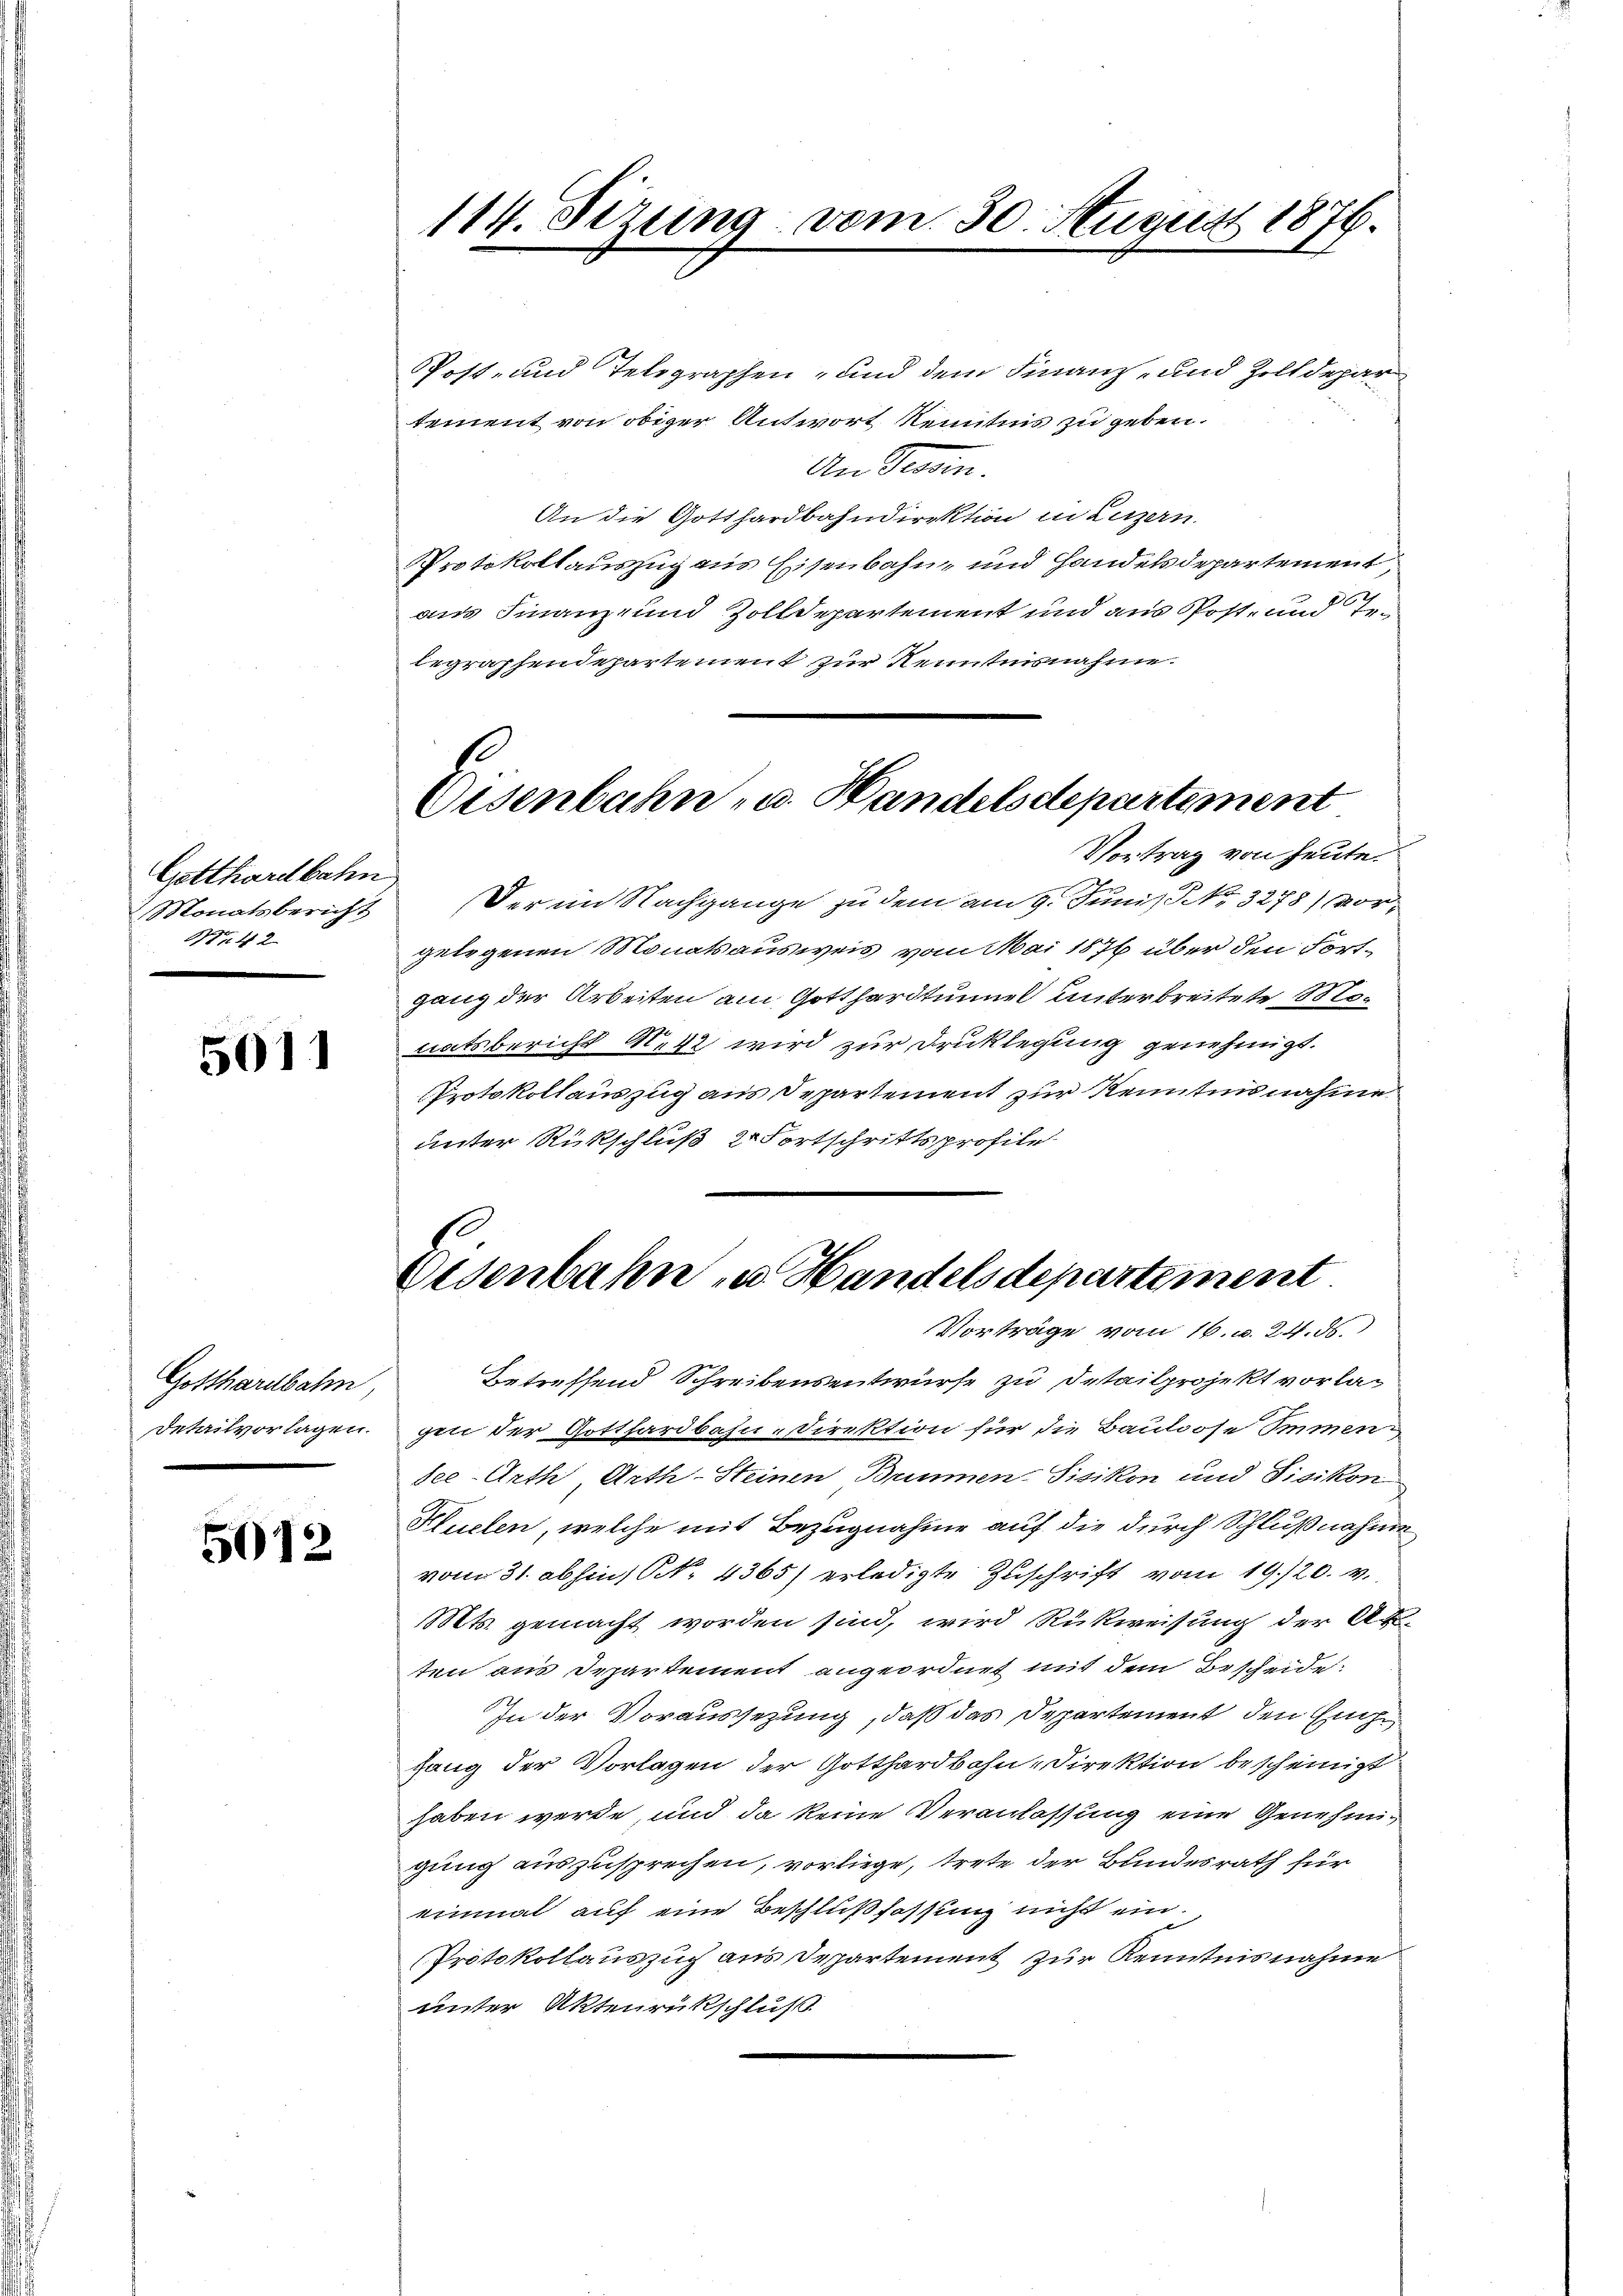
Gotthardbahn
r 42

5011

Gotthardbahn,

5012

Post- und Telegraphen- und dem Finanz- und Zolldepartement von obiger Antwort Kenntnis zu geben.
An Gesan.
An die Gotthardbahndirektion in Luzern
Protokollauszug aus Eisenbahn und Handelsdepartement,
aus Finanz- und Zolldepartement und aus Post- und Telegraphendepartement zur Kenntnisnahme.
Vortrag von heute.
Monatsbericht der im Nachgange zu dem am 9. Juni, No. 3278) Vorgelegenen Monatsausweis vom Mai 1876 über den Fortgang der Arbeiten am Gotthardtunnel unterbreitete Monatsbericht Nek wird zur Druklegung genehmigt.
Protokollauszug aus Departement zur Kenntnisnahme
unter Rückschluß 2 Fortschrittsprofile

114. Sizung vom 30. August 1876.

Disenbahn- u. Handelsdepartement

Eisenbahn zu Handelsdepartement
Vorträge vom 16. v. 24. ds.

Betreffend Schreibensentwurfe zu Detailprojekt vorla¬
Detailvorlagen. gen der Gotthardbahn-Direktion für die Baulose Immensee-Arth Arth-Steinen Bummen, Pisikon und Pisikon
Kluelen, welche mit Bezugnahme auf die durch Schlußnahme
vom 31. abhin, N. 4365) erledigte Zuschrift vom 19./20. v.
Mts. gemacht worden sind, wird Rückweisung der Ak-
ten aus Departement angeordnet mit dem Bescheide:
In der Voraussezung, daß das Departement den Euch
fang der Vorlagen der Gotthardbahn-Direktion bescheinigt
haben werde, und da keine Veranlassung eine Genehmigung auszusprechen, vorliege, trete der Bundesrath für
einmal auf eine Beschlußfassung nicht ein¬
Protokollauszuch aus Departement zur Kenntnisnahme
unter Aktenrückschluß